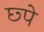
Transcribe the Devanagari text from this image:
छ्पे